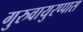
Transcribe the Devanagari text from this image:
गुरुवायुरप्पास